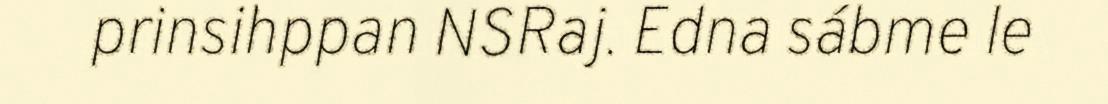
prinsihppan NSRaj. Edna sábme le